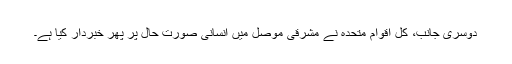
دوسری جانب، کل اقوام متحدہ نے مشرقی موصل میں انسانی صورت حال پر پھر خبردار کیا ہے۔